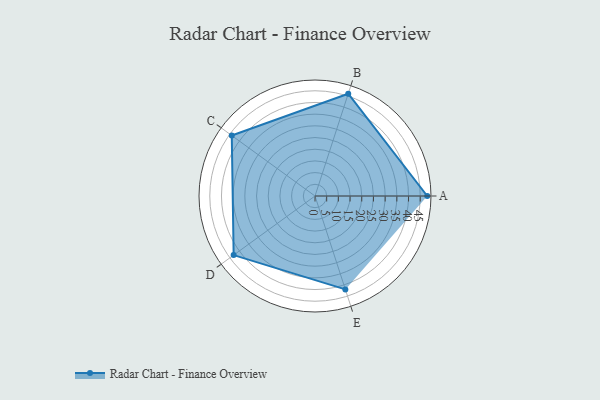
{"axis": {"x": "Skill", "y": "Score"}, "legend": ["Profile"], "data": [{"x": "A", "y": 48.0, "type": "Profile"}, {"x": "B", "y": 46.0, "type": "Profile"}, {"x": "C", "y": 44.0, "type": "Profile"}, {"x": "D", "y": 43.0, "type": "Profile"}, {"x": "E", "y": 42.0, "type": "Profile"}]}